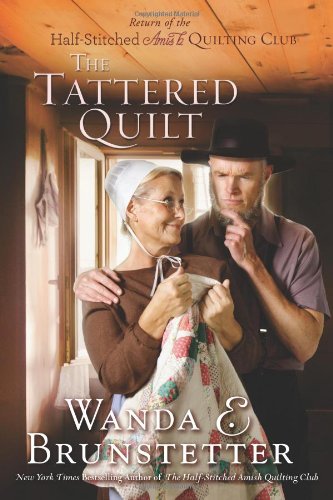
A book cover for The Tattered Quilt: The Return of the Half-Stitched Amish Quilting Club; Wanda E. Brunstetter; Romance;